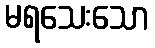
မရသေးသော